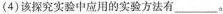
(4)该探究实验中应用的实验方法有___。